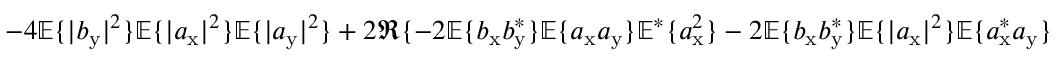
- 4 \mathbb { E } \{ | b _ { \mathrm { y } } | ^ { 2 } \} \mathbb { E } \{ | a _ { \mathrm { x } } | ^ { 2 } \} \mathbb { E } \{ | a _ { \mathrm { y } } | ^ { 2 } \} + 2 \Re \{ - 2 \mathbb { E } \{ b _ { \mathrm { x } } b _ { \mathrm { y } } ^ { \ast } \} \mathbb { E } \{ a _ { \mathrm { x } } a _ { \mathrm { y } } \} \mathbb { E } ^ { \ast } \{ a _ { \mathrm { x } } ^ { 2 } \} - 2 \mathbb { E } \{ b _ { \mathrm { x } } b _ { \mathrm { y } } ^ { \ast } \} \mathbb { E } \{ | a _ { \mathrm { x } } | ^ { 2 } \} \mathbb { E } \{ a _ { \mathrm { x } } ^ { \ast } a _ { \mathrm { y } } \}